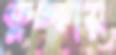
কুঁচ্‌কায়